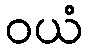
ဝယံ